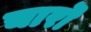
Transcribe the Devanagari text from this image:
चारॊ